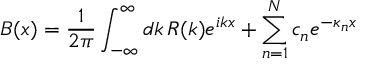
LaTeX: B ( x ) = { \frac { 1 } { 2 \pi } } \int _ { - \infty } ^ { \infty } d k \, R ( k ) e ^ { i k x } + \sum _ { n = 1 } ^ { N } c _ { n } e ^ { - \kappa _ { n } x }